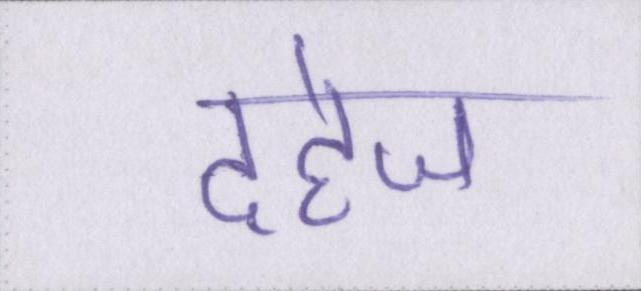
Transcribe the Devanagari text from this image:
दहेज